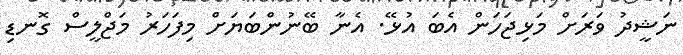
ނަޝީދު ވަރަށް މަޅިޖަހަން އެބަ އުޅޭ. އެނާ ބޭނުންބަޔަށް މިފަހަރު މަޖްލީސް ގޮނޑި